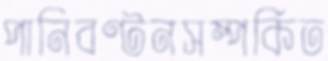
পানিবণ্টনসম্পর্কিত